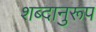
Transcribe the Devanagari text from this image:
शब्दानुरूप